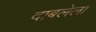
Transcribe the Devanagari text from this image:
दाबलेला